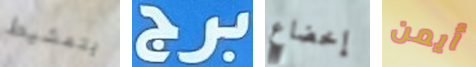
بتمشيط برج إخضاع أيمن